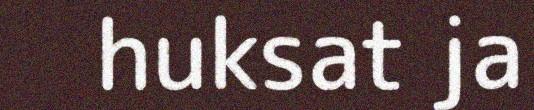
huksat ja